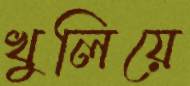
খুলিয়ে